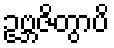
ဥဗ္ဘဇိတွာပိ